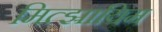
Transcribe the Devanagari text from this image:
मित्झ्रायिम